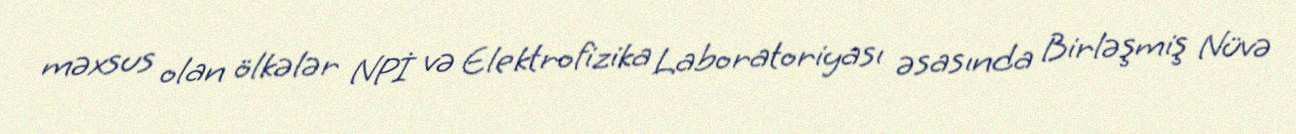
məxsus olan ölkələr NPİ və Elektrofizika Laboratoriyası əsasında Birləşmiş Nüvə